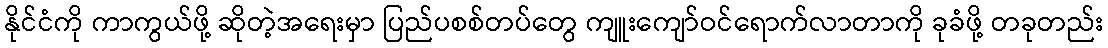
နိုင်ငံကို ကာကွယ်ဖို့ ဆိုတဲ့အရေးမှာ ပြည်ပစစ်တပ်တွေ ကျူးကျော်ဝင်ရောက်လာတာကို ခုခံဖို့ တခုတည်း